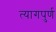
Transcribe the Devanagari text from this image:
त्यागपुर्ण